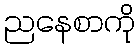
ညနေစာကို